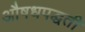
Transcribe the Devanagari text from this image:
औषधपद्धती